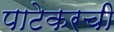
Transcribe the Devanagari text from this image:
पाटेकरची